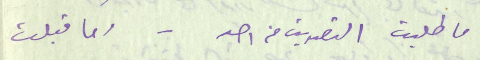
ما طلبت التصديق من احد - وما قبلت